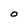
Character: O